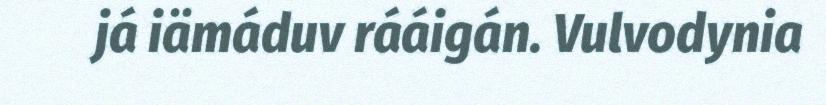
já iämáduv rááigán. Vulvodynia